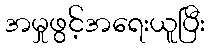
အမှုဖွင့်အရေးယူပြီး